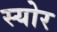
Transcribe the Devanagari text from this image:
स्योर